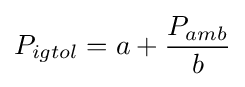
P_{igtol}=a+{\frac {P_{amb}}{b}}